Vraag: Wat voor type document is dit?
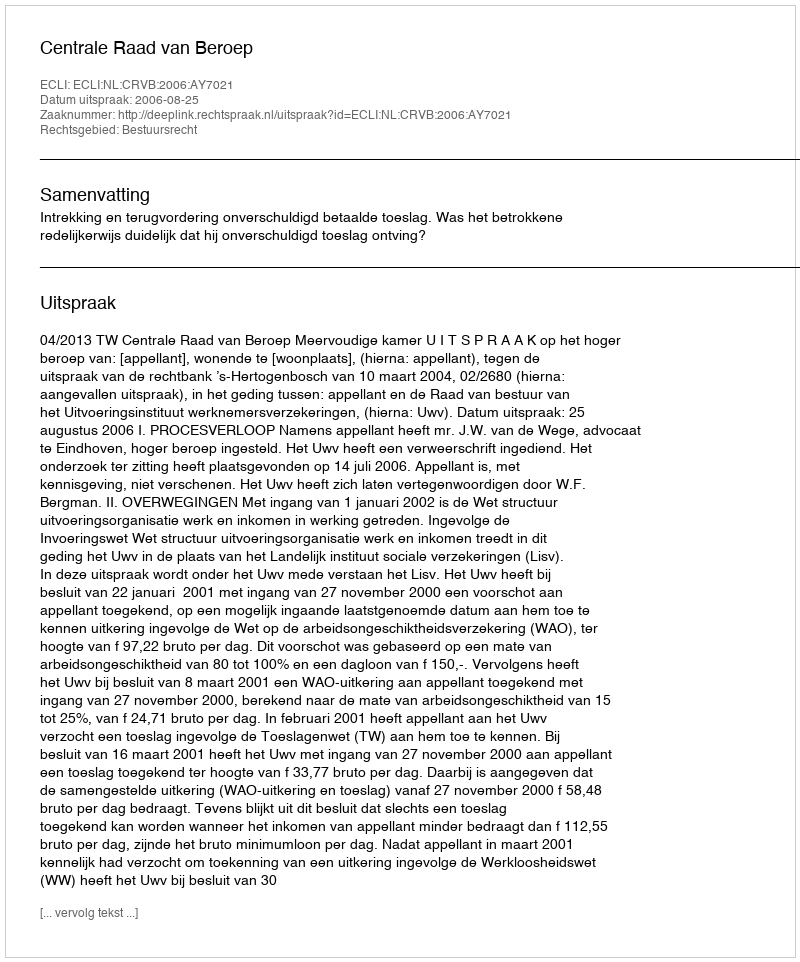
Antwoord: Uitspraak